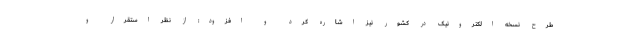
طرح نسخه الکترونیک در کشور نیز اشاره کرد و افزود: از نظر استقرار و